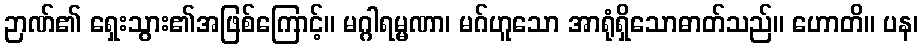
ဉာဏ်၏ ရှေးသွား၏အဖြစ်ကြောင့်။ မဂ္ဂါရမ္မဏာ၊ မဂ်ဟူသော အာရုံရှိသောဓာတ်သည်။ ဟောတိ။ ပန၊